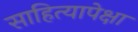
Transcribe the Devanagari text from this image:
साहित्यापेक्षा